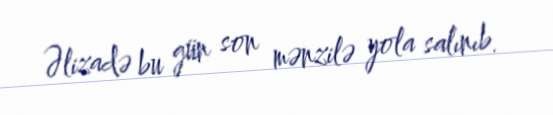
Əlizadə bu gün son mənzilə yola salınıb.